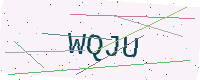
Text: WQJU